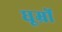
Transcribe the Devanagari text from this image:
धूम्रों